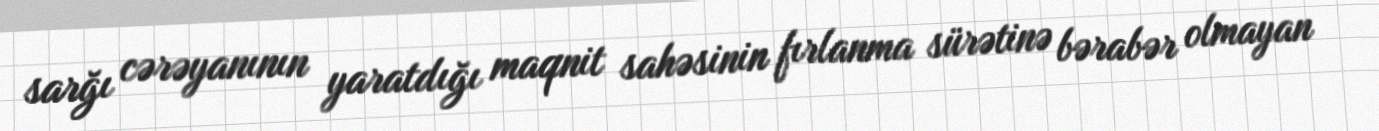
sarğı cərəyanının yaratdığı maqnit sahəsinin fırlanma sürətinə bərabər olmayan